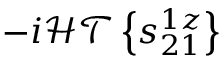
- i \mathcal { H T } \left\{ s _ { 2 1 } ^ { 1 z } \right\}